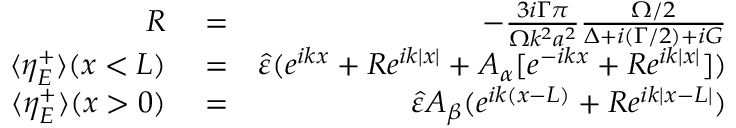
\begin{array} { r l r } { { \cal R } } & { { } = } & { - \frac { 3 i \Gamma \pi } { \Omega k ^ { 2 } a ^ { 2 } } \frac { \Omega / 2 } { \Delta + i ( \Gamma / 2 ) + i { \cal G } } } \\ { \langle \eta _ { E } ^ { + } \rangle ( x < L ) } & { { } = } & { \hat { \varepsilon } ( e ^ { i k x } + { \cal R } e ^ { i k | x | } + A _ { \alpha } [ e ^ { - i k x } + { \cal R } e ^ { i k | x | } ] ) } \\ { \langle \eta _ { E } ^ { + } \rangle ( x > 0 ) } & { { } = } & { \hat { \varepsilon } A _ { \beta } ( e ^ { i k ( x - L ) } + { \cal R } e ^ { i k | x - L | } ) } \end{array}